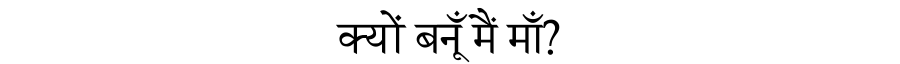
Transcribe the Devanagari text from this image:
क्यों बनूँ मैं माँ?